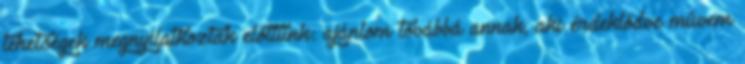
tehetségek megnyilatkoztak előttünk: ajánlom továbbá annak, aki érdeklődve művem